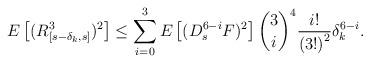
LaTeX: \begin{align*}E\left[( R_{[s-\delta _{k},s]}^{3}) ^{2}\right]\leq\sum_{i=0}^{3}E\left[ ( D_{s}^{6-i}F) ^{2}\right] {\binom{3}{i}}^{4}\frac{i!}{\left( 3!\right) ^{2}}\delta _{k}^{6-i}. \end{align*}